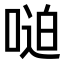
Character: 𫪼